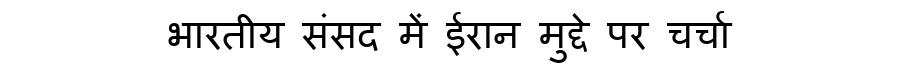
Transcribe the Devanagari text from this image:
भारतीय संसद में ईरान मुद्दे पर चर्चा